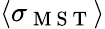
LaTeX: \langle\sigma_{\mathrm{~M~S~T~}}\rangle